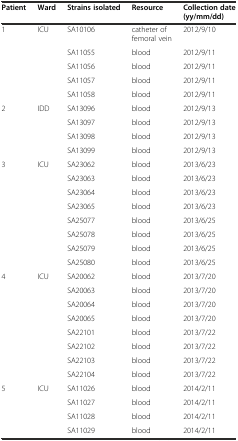
<table><thead><tr><td><b>Patient</b></td><td><b>Ward</b></td><td><b>Strains isolated</b></td><td><b>Resource</b></td><td><b>Collection date (yy/mm/dd)</b></td></tr></thead><tbody><tr><td rowspan="5">1</td><td rowspan="5">ICU</td><td>SA10106</td><td>catheter of femoral vein</td><td>2012/9/10</td></tr><tr><td>SA11055</td><td>blood</td><td>2012/9/11</td></tr><tr><td>SA11056</td><td>blood</td><td>2012/9/11</td></tr><tr><td>SA11057</td><td>blood</td><td>2012/9/11</td></tr><tr><td>SA11058</td><td>blood</td><td>2012/9/11</td></tr><tr><td rowspan="4">2</td><td rowspan="4">IDD</td><td>SA13096</td><td>blood</td><td>2012/9/13</td></tr><tr><td>SA13097</td><td>blood</td><td>2012/9/13</td></tr><tr><td>SA13098</td><td>blood</td><td>2012/9/13</td></tr><tr><td>SA13099</td><td>blood</td><td>2012/9/13</td></tr><tr><td rowspan="8">3</td><td rowspan="8">ICU</td><td>SA23062</td><td>blood</td><td>2013/6/23</td></tr><tr><td>SA23063</td><td>blood</td><td>2013/6/23</td></tr><tr><td>SA23064</td><td>blood</td><td>2013/6/23</td></tr><tr><td>SA23065</td><td>blood</td><td>2013/6/23</td></tr><tr><td>SA25077</td><td>blood</td><td>2013/6/25</td></tr><tr><td>SA25078</td><td>blood</td><td>2013/6/25</td></tr><tr><td>SA25079</td><td>blood</td><td>2013/6/25</td></tr><tr><td>SA25080</td><td>blood</td><td>2013/6/25</td></tr><tr><td rowspan="8">4</td><td rowspan="8">ICU</td><td>SA20062</td><td>blood</td><td>2013/7/20</td></tr><tr><td>SA20063</td><td>blood</td><td>2013/7/20</td></tr><tr><td>SA20064</td><td>blood</td><td>2013/7/20</td></tr><tr><td>SA20065</td><td>blood</td><td>2013/7/20</td></tr><tr><td>SA22101</td><td>blood</td><td>2013/7/22</td></tr><tr><td>SA22102</td><td>blood</td><td>2013/7/22</td></tr><tr><td>SA22103</td><td>blood</td><td>2013/7/22</td></tr><tr><td>SA22104</td><td>blood</td><td>2013/7/22</td></tr><tr><td rowspan="4">5</td><td rowspan="4">ICU</td><td>SA11026</td><td>blood</td><td>2014/2/11</td></tr><tr><td>SA11027</td><td>blood</td><td>2014/2/11</td></tr><tr><td>SA11028</td><td>blood</td><td>2014/2/11</td></tr><tr><td>SA11029</td><td>blood</td><td>2014/2/11</td></tr></tbody></table>